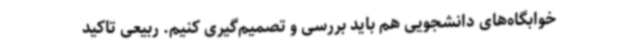
خوابگاه‌های دانشجویی هم باید بررسی و تصمیم‌گیری کنیم. ربیعی تاکید